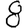
Digit: 8